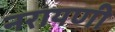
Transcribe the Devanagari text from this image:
नरायणी